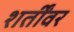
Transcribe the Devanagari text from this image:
शर्तींवर